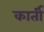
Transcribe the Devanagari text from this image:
कार्ती